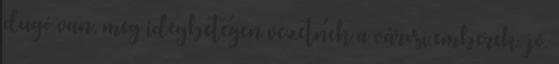
dugó van, meg idegbetegen vezetnek a városi emberek. jó.